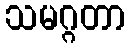
သမဂ္ဂတာ